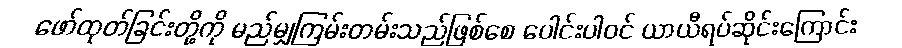
ဖော်ထုတ်ခြင်းတို့ကို မည်မျှကြမ်းတမ်းသည်ဖြစ်စေ ပေါင်းပါဝင် ယာယီရပ်ဆိုင်းကြောင်း